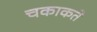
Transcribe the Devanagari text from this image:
चकाकते